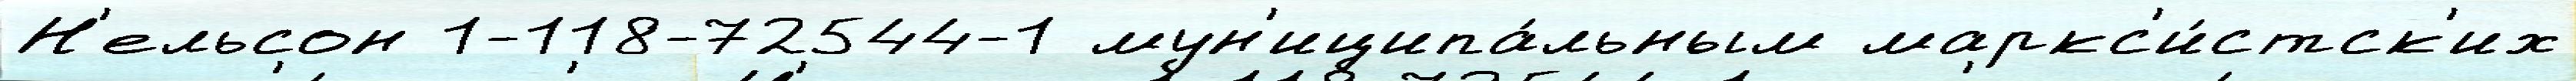
Н'ельсон 1-118-72544-1 мун'иципа́льным маркс'и́стск'их